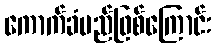
ကောက်ခံမည်ဖြစ်ကြောင်း